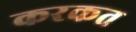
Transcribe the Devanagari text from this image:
करकत